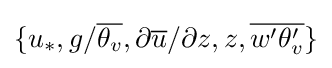
\{u_{*},g/{\overline {\theta _{v}}},\partial {\overline {u}}/\partial z,z,{\overline {w'\theta _{v}'}}\}